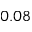
0 . 0 8